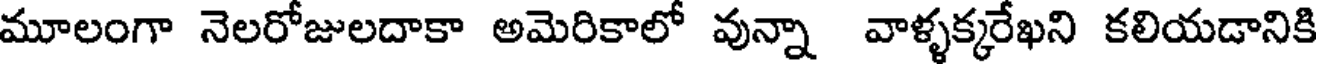
మూలంగా నెలరోజులదాకా అమెరికాలో వున్నా వాళ్ళక్కరేఖని కలియడానికి